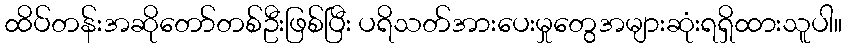
ထိပ်တန်းအဆိုတော်တစ်ဦးဖြစ်ပြီး ပရိသတ်အားပေးမှုတွေအများဆုံးရရှိထားသူပါ။